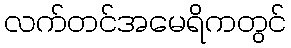
လက်တင်အမေရိကတွင်